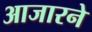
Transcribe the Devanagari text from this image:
आजारने